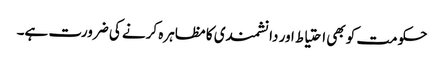
حکومت کو بھی احتیاط اور دانشمندی کا مظاہرہ کرنے کی ضرورت ہے۔